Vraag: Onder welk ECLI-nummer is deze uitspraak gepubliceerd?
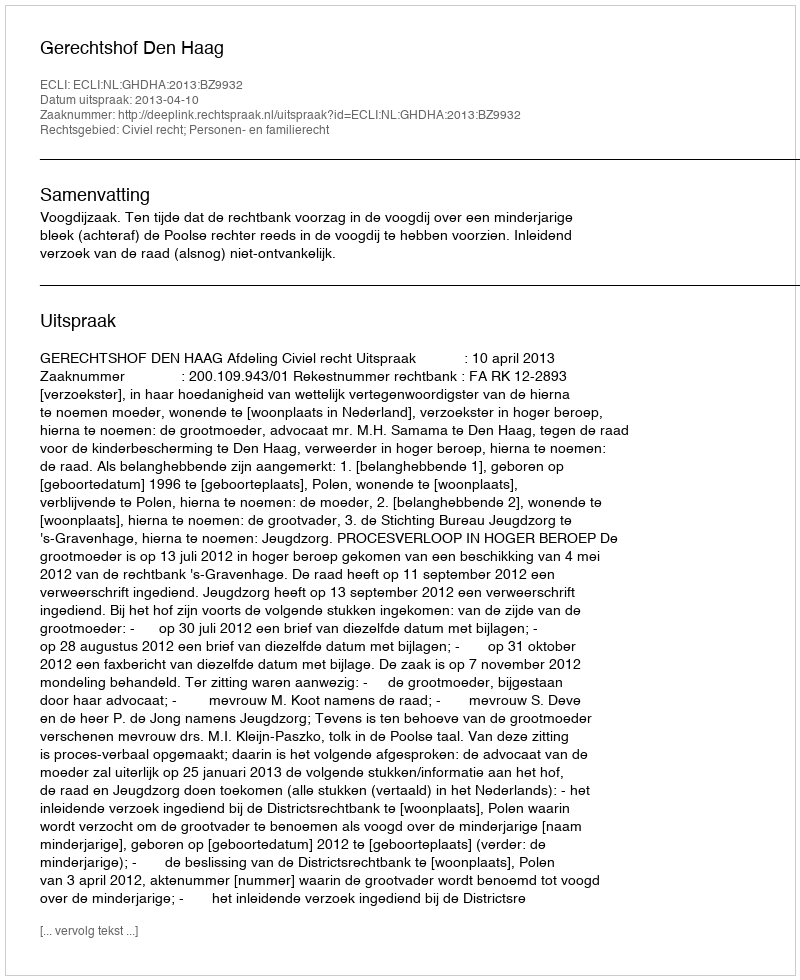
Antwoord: ECLI:NL:GHDHA:2013:BZ9932